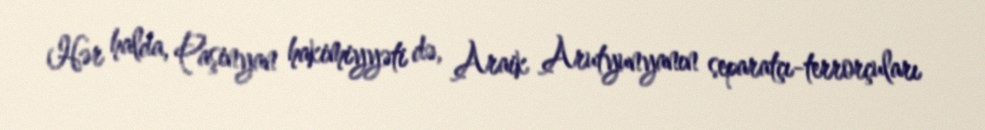
Hər halda, Paşinyan hakimiyyəti də, Araik Arutyunyanın separatçı-terrorçuları